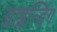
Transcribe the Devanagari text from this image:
ग्राइन्डिंग